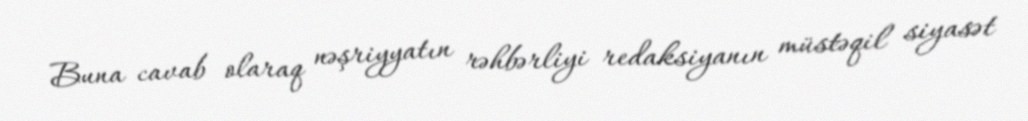
Buna cavab olaraq nəşriyyatın rəhbərliyi redaksiyanın müstəqil siyasət